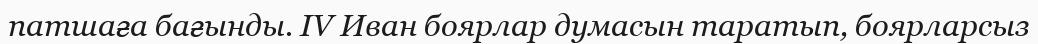
патшаға бағынды. IV Иван боярлар думасын таратып, боярларсыз